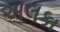
અલકા